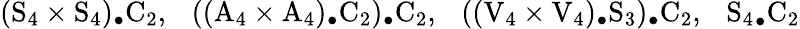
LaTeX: (\mathrm S_{4}\times\mathrm S_{4})_{\bullet}\mathrm C_{2},\ \ \ ((\mathrm A_{4}\times\mathrm A_{4})_{\bullet}\mathrm C_{2})_{\bullet}\mathrm C_{2},\ \ \ ((\mathrm V_{4}\times\mathrm V_{4})_{\bullet}\mathrm S_{3})_{\bullet}\mathrm C_{2},\ \ \ {\mathrm S_{4}}_{\bullet}\mathrm C_{2}